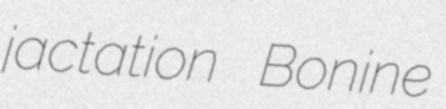
jactation Bonine